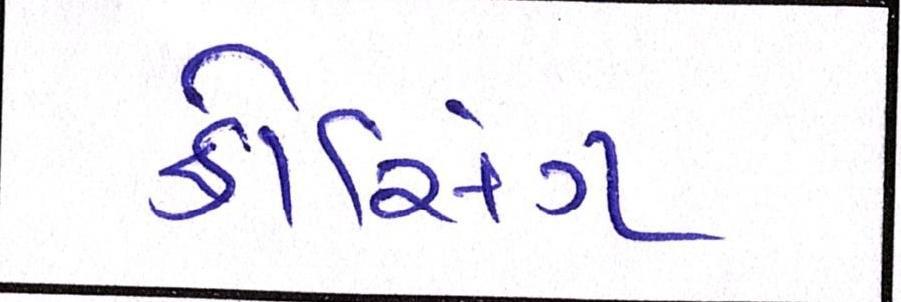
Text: ક્રોસિંગ